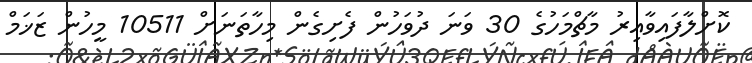
ކޮށްލާފައިވާއިރު މާޗްމަހުގެ 30 ވަނަ ދުވަހުން ފެށިގެން މިހާތަނަށް 10511 މީހުން ޒަޚަމް